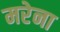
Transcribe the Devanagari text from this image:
मरेना